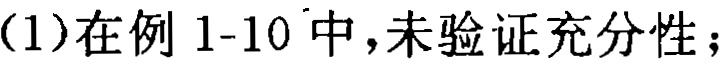
(1)在例 1-10 中，未验证充分性；